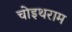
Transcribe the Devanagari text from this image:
चोइथराम